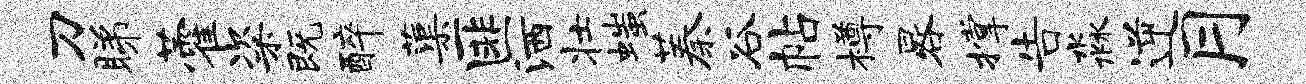
刀睇藿粢既醉蕖匪洒壮嗤蓁谷帖樽晷撑告淼逆月